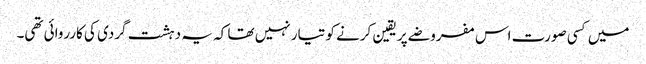
میں کسی صورت اس مفروضے پر یقین کرنے کو تیار نہیں تھا کہ یہ دہشت گردی کی کارروائی تھی۔